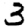
Digit: 3